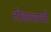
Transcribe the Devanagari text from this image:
टोकावरची